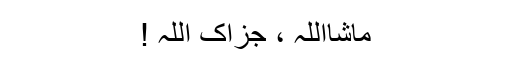
ماشااللہ ، جزاک اللہ !